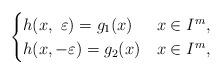
LaTeX: \begin{align*}\begin{cases}h(x, \ \varepsilon)=g_1(x) & x\in I^m,\\h(x, -\varepsilon)=g_2(x) & x\in I^m, \end{cases}\end{align*}